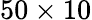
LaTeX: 50\times 10